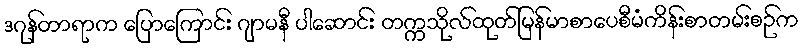
ဒဂုန်တာရာက ပြောကြောင်း ဂျာမနီ ပါဆောင်း တက္ကသိုလ်ထုတ်မြန်မာစာပေစီမံကိန်းစာတမ်းစဉ်က